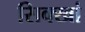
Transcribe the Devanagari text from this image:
सिक्खां